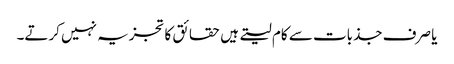
یا صرف جذبات سے کام لیتے ہیں حقائق کا تجزیہ نہیں کرتے۔